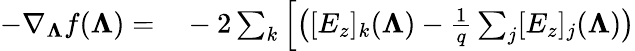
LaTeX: \begin{array}{rl}{-\nabla_{\boldsymbol{\Lambda}}f(\boldsymbol{\Lambda})=}&{{}-2\sum_{k}\left[\big([E_{z}]_{k}(\boldsymbol{\Lambda})-\frac{1}{q}\sum_{j}[E_{z}]_{j}(\boldsymbol{\Lambda})\big)\right.}\end{array}